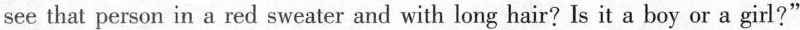
see that person in a red sweater and with long hair? Is it a boy or a girl?"